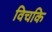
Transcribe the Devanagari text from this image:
विचकि